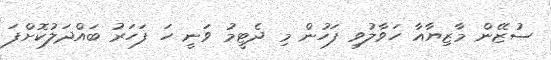
ސުޒޭން މާޒިޔާއާ ހަވާލުވި ފަހުން މި ދެޓީމު ވަނީ ހަ ފަހަރު ބައްދަލުކޮށްފަ